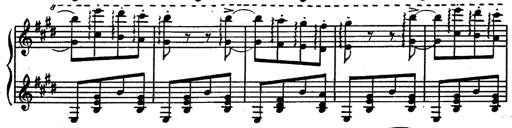
Title: Magyar rapszÃ³diÃ¡k
Composer: Franz Liszt